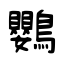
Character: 鸚